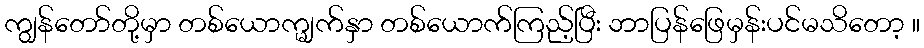
ကျွန်တော်တို့မှာ တစ်ယောက္မျက်နှာ တစ်ယောက်ကြည့်ပြီး ဘာပြန်ဖြေမှန်းပင်မသိတော့ ။